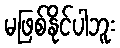
မဖြစ်နိုင်ပါဘူး